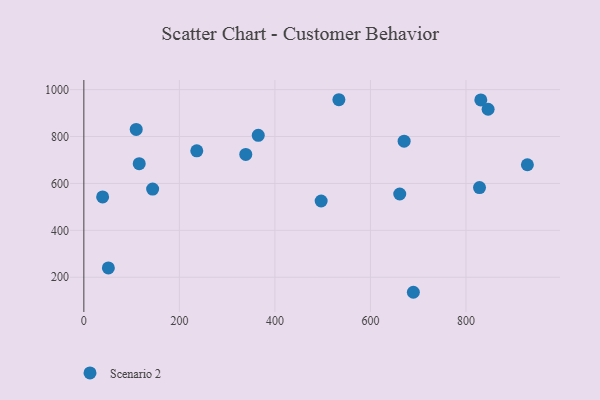
{"axis": {"x": "Investment", "y": "Rating"}, "legend": ["Scenario 2"], "data": [{"x": "846.3", "y": 916.2, "type": "Scenario 2"}, {"x": "339.0", "y": 723.7, "type": "Scenario 2"}, {"x": "236.4", "y": 739.0, "type": "Scenario 2"}, {"x": "689.8", "y": 135.9, "type": "Scenario 2"}, {"x": "144.0", "y": 576.0, "type": "Scenario 2"}, {"x": "365.1", "y": 805.3, "type": "Scenario 2"}, {"x": "661.3", "y": 554.9, "type": "Scenario 2"}, {"x": "533.9", "y": 956.9, "type": "Scenario 2"}, {"x": "115.9", "y": 684.4, "type": "Scenario 2"}, {"x": "928.5", "y": 679.7, "type": "Scenario 2"}, {"x": "51.3", "y": 239.7, "type": "Scenario 2"}, {"x": "828.3", "y": 582.4, "type": "Scenario 2"}, {"x": "831.0", "y": 955.9, "type": "Scenario 2"}, {"x": "670.5", "y": 780.2, "type": "Scenario 2"}, {"x": "39.3", "y": 542.6, "type": "Scenario 2"}, {"x": "109.6", "y": 830.2, "type": "Scenario 2"}, {"x": "496.8", "y": 525.0, "type": "Scenario 2"}]}